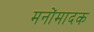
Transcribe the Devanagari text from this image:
मनोंमादक